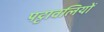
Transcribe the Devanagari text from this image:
पट्टावलियों